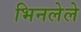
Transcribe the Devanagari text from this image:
भिनलेले